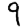
Digit: 9